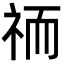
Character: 𮁮